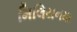
મિલિયનમા